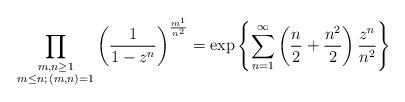
LaTeX: \begin{align*} \prod_{\substack{m,n \geq 1 \\ m \leq n ; \, (m,n)=1}} \left( \frac{1}{1-z^n} \right)^{\frac{m^1 }{n^2}} = \exp\left\{ \sum_{n=1}^{\infty} \left( \frac{n}{2} + \frac{n^2}{2} \right) \frac{z^n}{n^2} \right\}\end{align*}